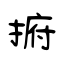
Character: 捬